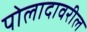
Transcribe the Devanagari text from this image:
पोलादावरील